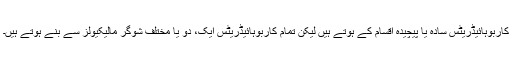
کاربوہائیڈریٹس سادہ یا پیچیدہ اقسام کے ہوتے ہیں لیکن تمام کاربوہائیڈریٹس ایک، دو یا مختلف شوگر مالیکیولز سے بنے ہوتے ہیں۔